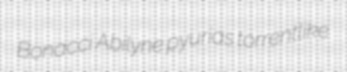
Bonacci Abilyne pyurias torrentlike